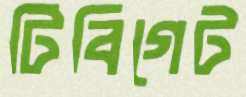
টিবিগেট